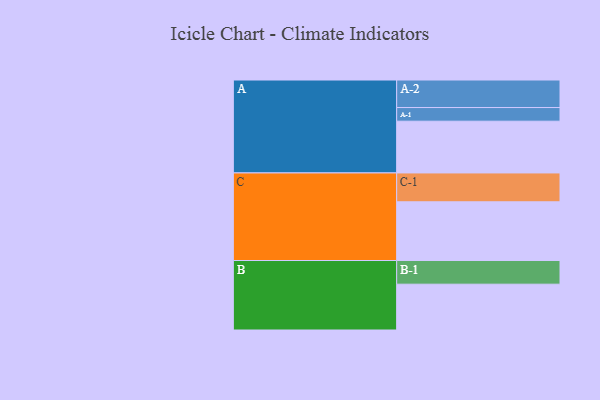
{"axis": {"x": "Segment", "y": "Value"}, "legend": ["", "A", "B", "C"], "data": [{"x": "A", "y": 470, "type": ""}, {"x": "B", "y": 416, "type": ""}, {"x": "C", "y": 533, "type": ""}, {"x": "A-1", "y": 124, "type": "A"}, {"x": "A-2", "y": 250, "type": "A"}, {"x": "B-1", "y": 215, "type": "B"}, {"x": "C-1", "y": 262, "type": "C"}]}